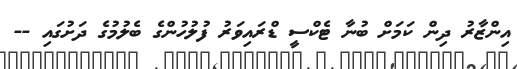
އިންޒާރު ދިން ކަމަށް ބުނާ ޓެކްސީ ޑްރައިވަރު ފުލުހުންގެ ބެލުމުގެ ދަށުގައި --